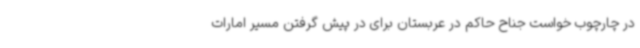
در چارچوب خواست جناح حاکم در عربستان برای در پیش گرفتن مسیر امارات